Annual report of the Bengal Veterinary College and of the Civil Veterinary Department, Bengal, for the year 1899-1900 - 1899-1900
Year: 1899
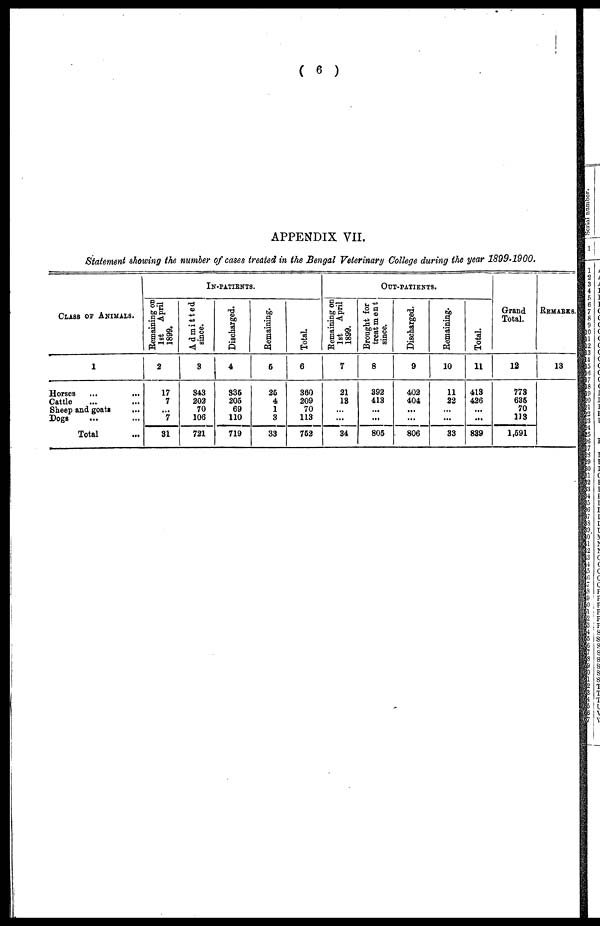
( 6 )
APPENDIX VII.
Statement showing the number of cases treated in the Bengal Veterinary College during the year 1899-1900.
Class of Animals.
1
Horses ... ...
Cattle ... ...
Sheep and goats ...
Dogs ... ...
Total ...
In-patients.
Remaining on
1st April
1899.
2
17
7
...
7
31
Admitted
since.
3
343
202
70
106
721
Discharged.
4
335
205
69
110
719
Remaining.
5
25
4
1
3
33
Total.
6
360
209
70
113
752
Out-patients.
Remaining on
1st April
1899.
7
21
13
...
...
34
Brought for
treatment
since.
8
392
413
...
...
805
Discharged.
9
402
404
...
...
806
Remaining.
10
11
22
...
...
33
Total.
11
413
426
...
...
839
Grand
Total.
12
773
635
70
113
1,591
REMARK
13